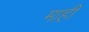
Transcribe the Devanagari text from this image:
माहीं